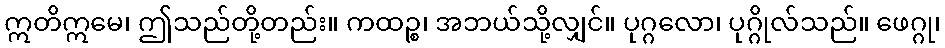
ဣတိဣမေ၊ ဤသည်တို့တည်း။ ကထဉ္စ၊ အဘယ်သို့လျှင်။ ပုဂ္ဂလော၊ ပုဂ္ဂိုလ်သည်။ ဖေဂ္ဂု၊